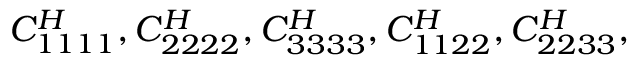
C _ { 1 1 1 1 } ^ { H } , C _ { 2 2 2 2 } ^ { H } , C _ { 3 3 3 3 } ^ { H } , C _ { 1 1 2 2 } ^ { H } , C _ { 2 2 3 3 } ^ { H } ,